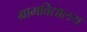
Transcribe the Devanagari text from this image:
ग्रामविद्यालय